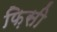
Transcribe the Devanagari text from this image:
फ़िसी